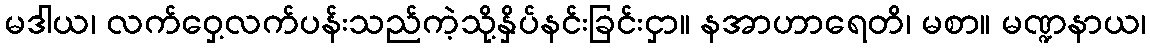
မဒါယ၊ လက်ဝှေ့လက်ပန်းသည်ကဲ့သို့နှိပ်နင်းခြင်းငှာ။ နအာဟာရေတိ၊ မစာ။ မဏ္ဍနာယ၊